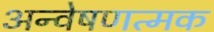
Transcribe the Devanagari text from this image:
अन्वेषणत्मक